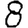
Digit: 8